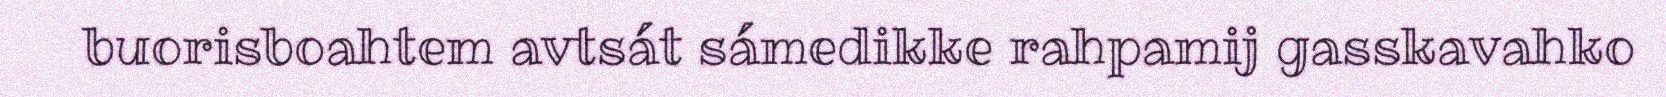
buorisboahtem avtsát sámedikke rahpamij gasskavahko